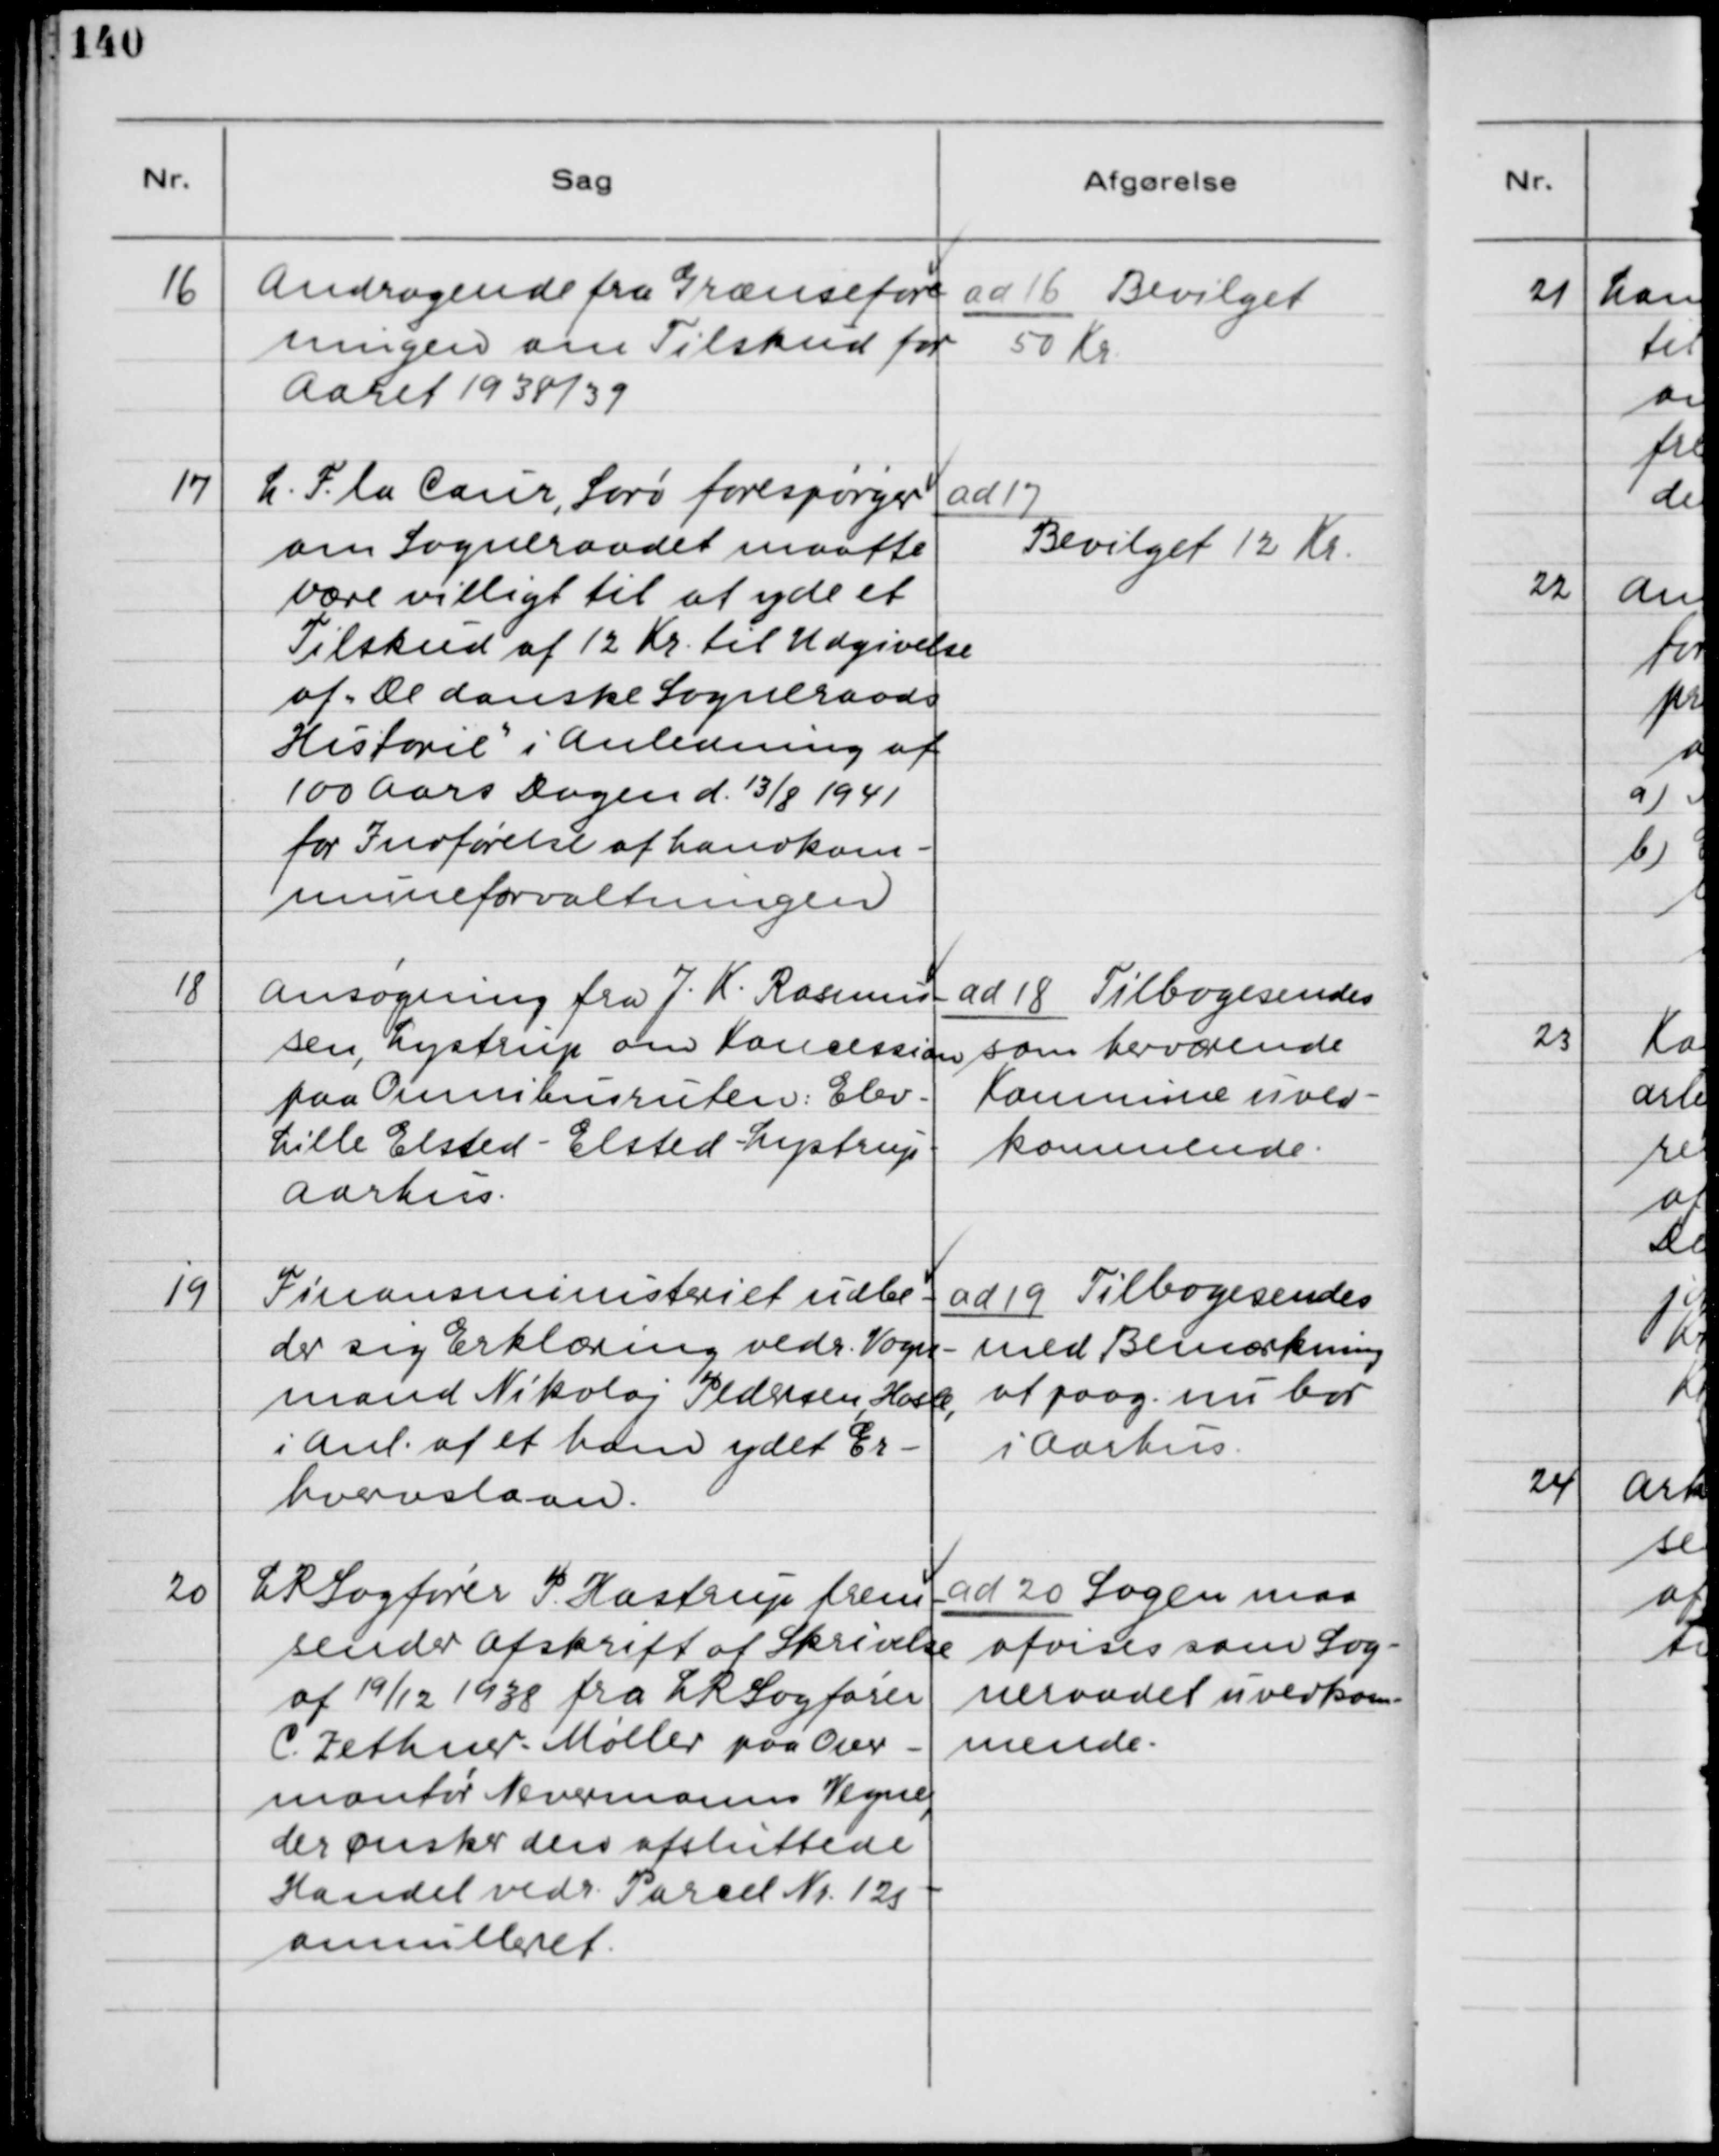
Transskription:
16. Andragende fra Grænsefor-
eningen om Tilskud for
Aaret 1938/39

ad 16. Bevilget
50 Kr.

17. L. F. la Cour, Sorø forespørger
om Sogneraadet maatte
være villigt til at yde et
Tilskud af 12 Kr. til Udgivelse
af "De danske Sogneraads
Historie" i Anledning af
100 Aars Dagen d. 13/8 1941
for Indførelse af Landkom-
muneforvaltningen

ad 17.
Bevilget 12 Kr.

18. Ansøgning fra J. K. Rasmus-
sen, Lystrup om Koncession
paa Omnibusruten Elev -
Lille Elsted - Elsted - Lystrup -
Aarhus.

ad 18. Tilbagesendes
som herværende
Kommune uved-
kommende.

19. Finansministeriet udbe-
der sig Erklæring vedr. Vogn-
mand Nikolaj Pedersen, Hasle,
i Anl. af et ham ydet Er-
hvervslaan.

ad 19. Tilbagesendes
med Bemærkning
at Paag. nu bor
i Aarhus.

20. LRSagfører P. Hastrup frem-
sender Afskrift af Skrivelse
af 19/12 1938 fra LRSagfører
C. Zethner - Møller paa Over-
montør Nevermanns Vegne,
der ønsker den afsluttende
Handel vedr. Parcel Nr. 125
annuleret.

ad 20. Sagen maa
afvises som Sog-
neraadet uvedkom-
mende.